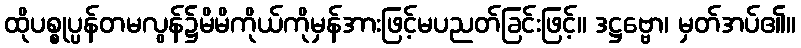
ထိုပစ္စုပ္ပန်တမလွန်၌မိမိကိုယ်ကိုမှန်အားဖြင့်မပညတ်ခြင်းဖြင့်။ ဒဋ္ဌဗ္ဗော၊ မှတ်အပ်၏။